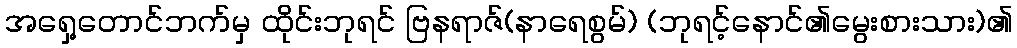
အရှေ့တောင်ဘက်မှ ထိုင်းဘုရင် ဗြနရာဇ်(နာရေစွမ်) (ဘုရင့်နောင်၏မွေးစားသား)၏